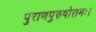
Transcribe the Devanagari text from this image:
पुराणपुरुषोत्तमः।